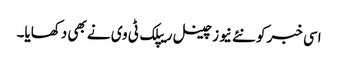
اسی خبر کو نئے نیوز چینل ریپلک ٹی وی نے بھی دکھایا۔